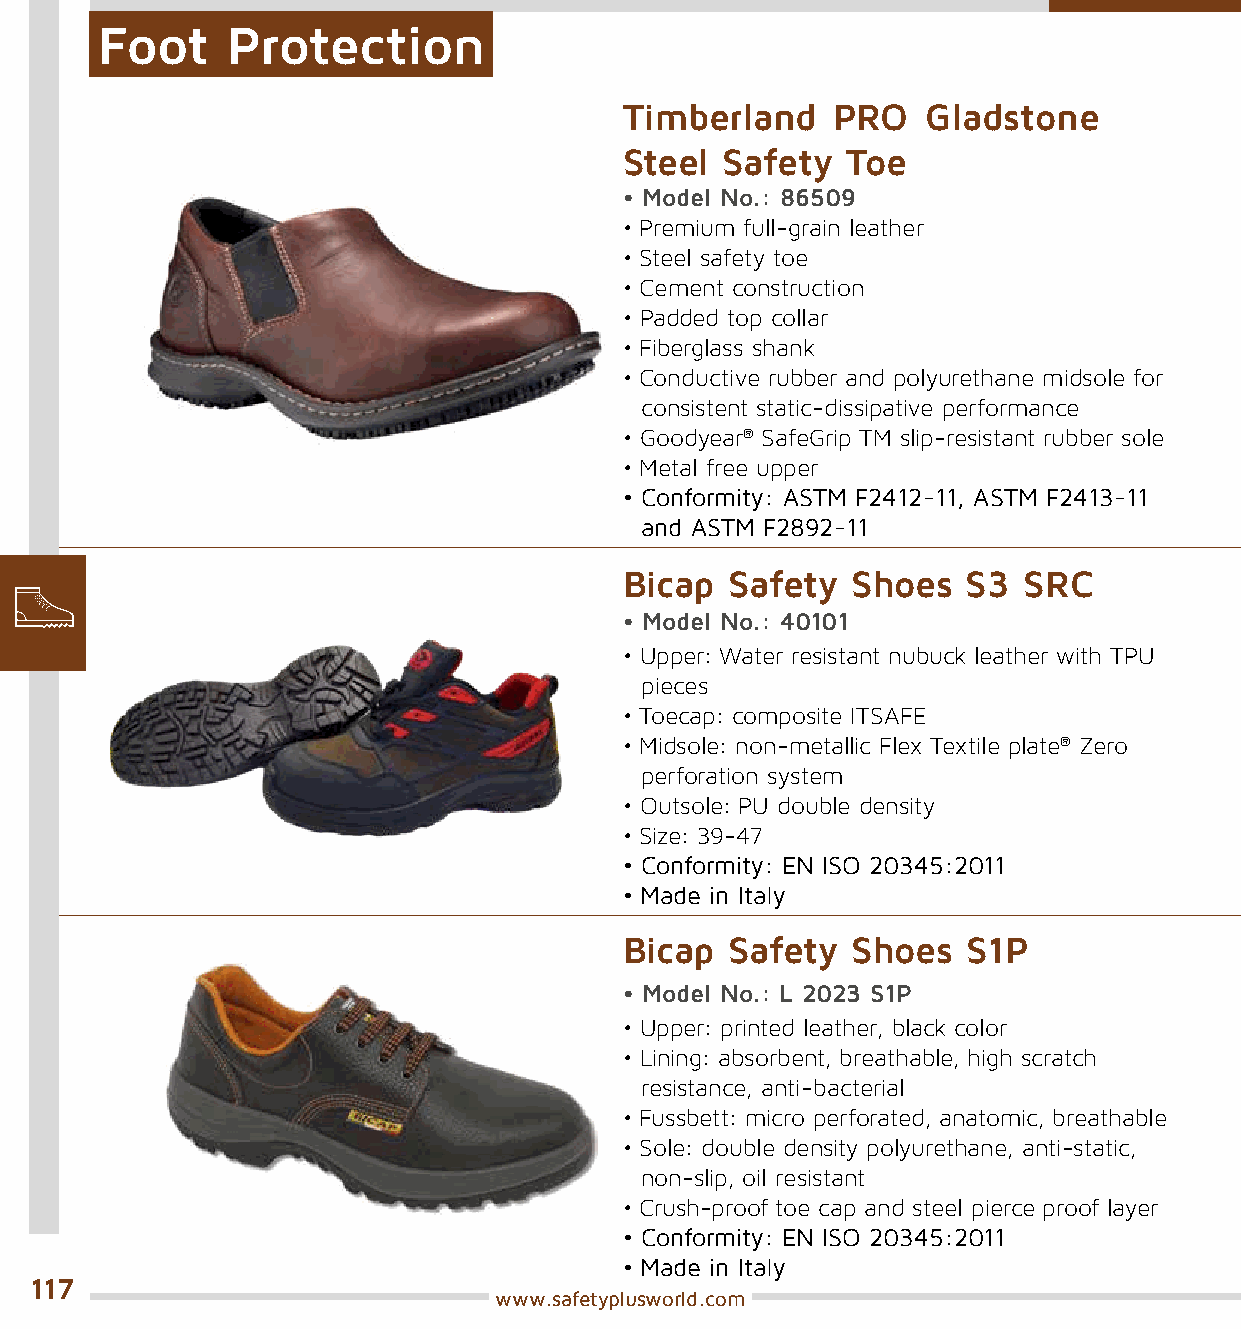
Foot     Protection
 Timberland    PRO   Gladstone
 Steel  Safety  Toe
 • Model No.: 86509
 • Premium full-grain leather
 • Steel safety toe
 • Cement construction
 • Padded top collar
 • Fiberglass shank
 • Conductive rubber and polyurethane midsole for
 consistent static-dissipative performance
 • Goodyear® SafeGrip TM slip-resistant rubber sole
 • Metal free upper
 • Conformity: ASTM F2412-11, ASTM F2413-11
 and ASTM F2892-11
 Bicap  Safety  Shoes   S3  SRC
 • Model No.: 40101
 • Upper: Water resistant nubuck leather with TPU
 pieces
 • Toecap: composite ITSAFE
 • Midsole: non-metallic Flex Textile plate® Zero
 perforation system
 • Outsole: PU double density
 • Size: 39-47
 • Conformity: EN ISO 20345:2011
 • Made in Italy
 Bicap  Safety  Shoes   S1P
 • Model No.: L 2023 S1P
 • Upper: printed leather, black color
 • Lining: absorbent, breathable, high scratch
 resistance, anti-bacterial
 • Fussbett: micro perforated, anatomic, breathable
 • Sole: double density polyurethane, anti-static,
 non-slip, oil resistant
 • Crush-proof toe cap and steel pierce proof layer
 • Conformity: EN ISO 20345:2011
 • Made in Italy
 117
 www.safetyplusworld.com